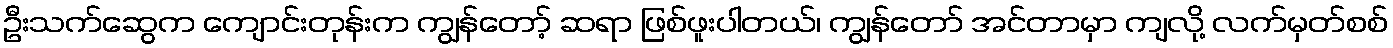
ဦးသက်ဆွေက ကျောင်းတုန်းက ကျွန်တော့် ဆရာ ဖြစ်ဖူးပါတယ်၊ ကျွန်တော် အင်တာမှာ ကျလို့ လက်မှတ်စစ်